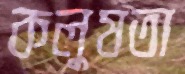
কলুষতা